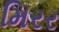
મિરર